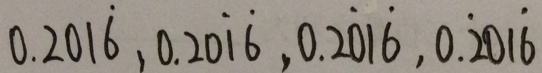
0 . 2 0 1 \dot { 6 } , 0 . 2 0 \dot { 1 } \dot { 6 } , 0 . 2 \dot { 0 } 1 \dot { 6 } , 0 . \dot { 2 } 0 1 \dot { 6 }